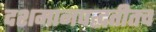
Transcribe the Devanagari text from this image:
दशमानपद्धतीतच